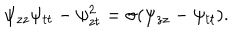
LaTeX: \psi _ { z z } \psi _ { t t } - \psi _ { z t } ^ { 2 } = \sigma ( \psi _ { z z } - \psi _ { t t } ) .